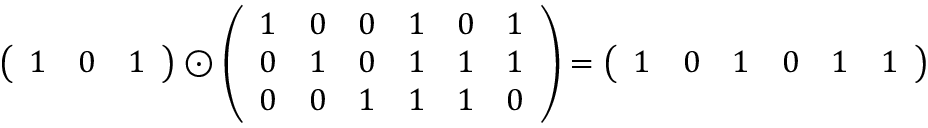
{ \left( \begin{array} { l l l } { 1 } & { 0 } & { 1 } \end{array} \right) } \odot { \left( \begin{array} { l l l l l l } { 1 } & { 0 } & { 0 } & { 1 } & { 0 } & { 1 } \\ { 0 } & { 1 } & { 0 } & { 1 } & { 1 } & { 1 } \\ { 0 } & { 0 } & { 1 } & { 1 } & { 1 } & { 0 } \end{array} \right) } = { \left( \begin{array} { l l l l l l } { 1 } & { 0 } & { 1 } & { 0 } & { 1 } & { 1 } \end{array} \right) }